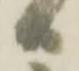
日